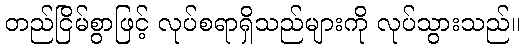
တည်ငြိမ်စွာဖြင့် လုပ်စရာရှိသည်များကို လုပ်သွားသည်။